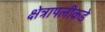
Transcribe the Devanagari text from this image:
क्षेत्रापलीकडे